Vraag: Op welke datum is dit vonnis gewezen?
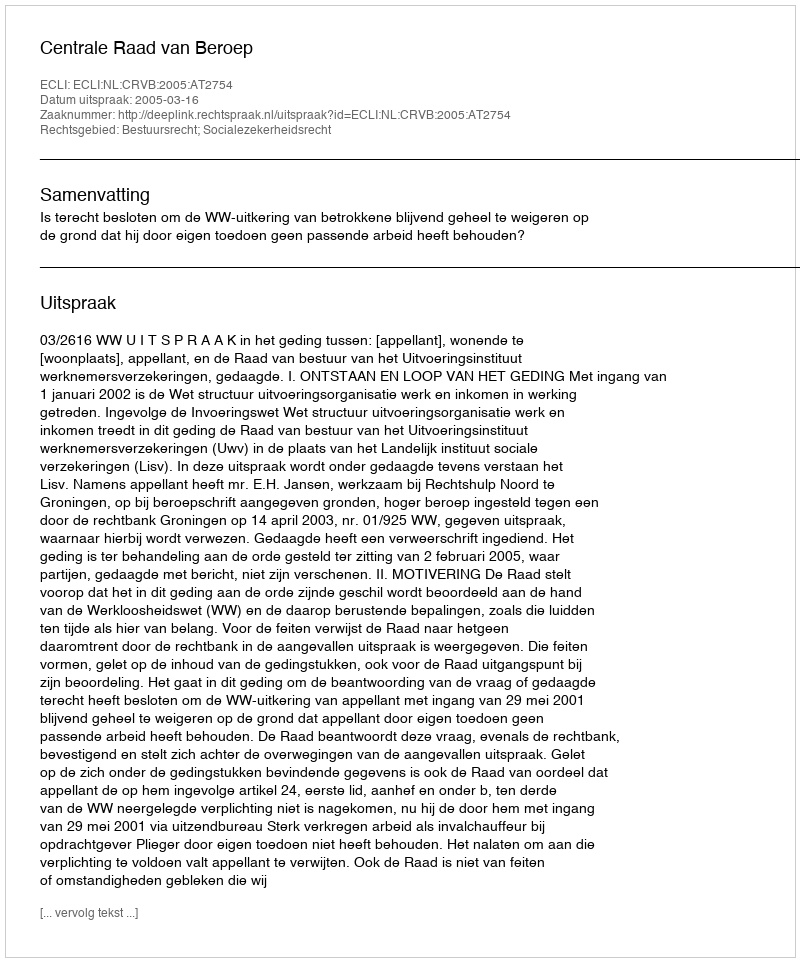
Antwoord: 2005-03-16